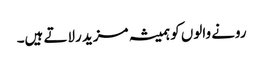
رونے والوں کو ہمیشہ مزید رلاتے ہیں۔